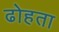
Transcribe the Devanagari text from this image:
ढोहता